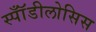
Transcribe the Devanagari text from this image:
स्पॉँडीलोसिस